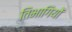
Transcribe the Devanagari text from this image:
तिभागियों